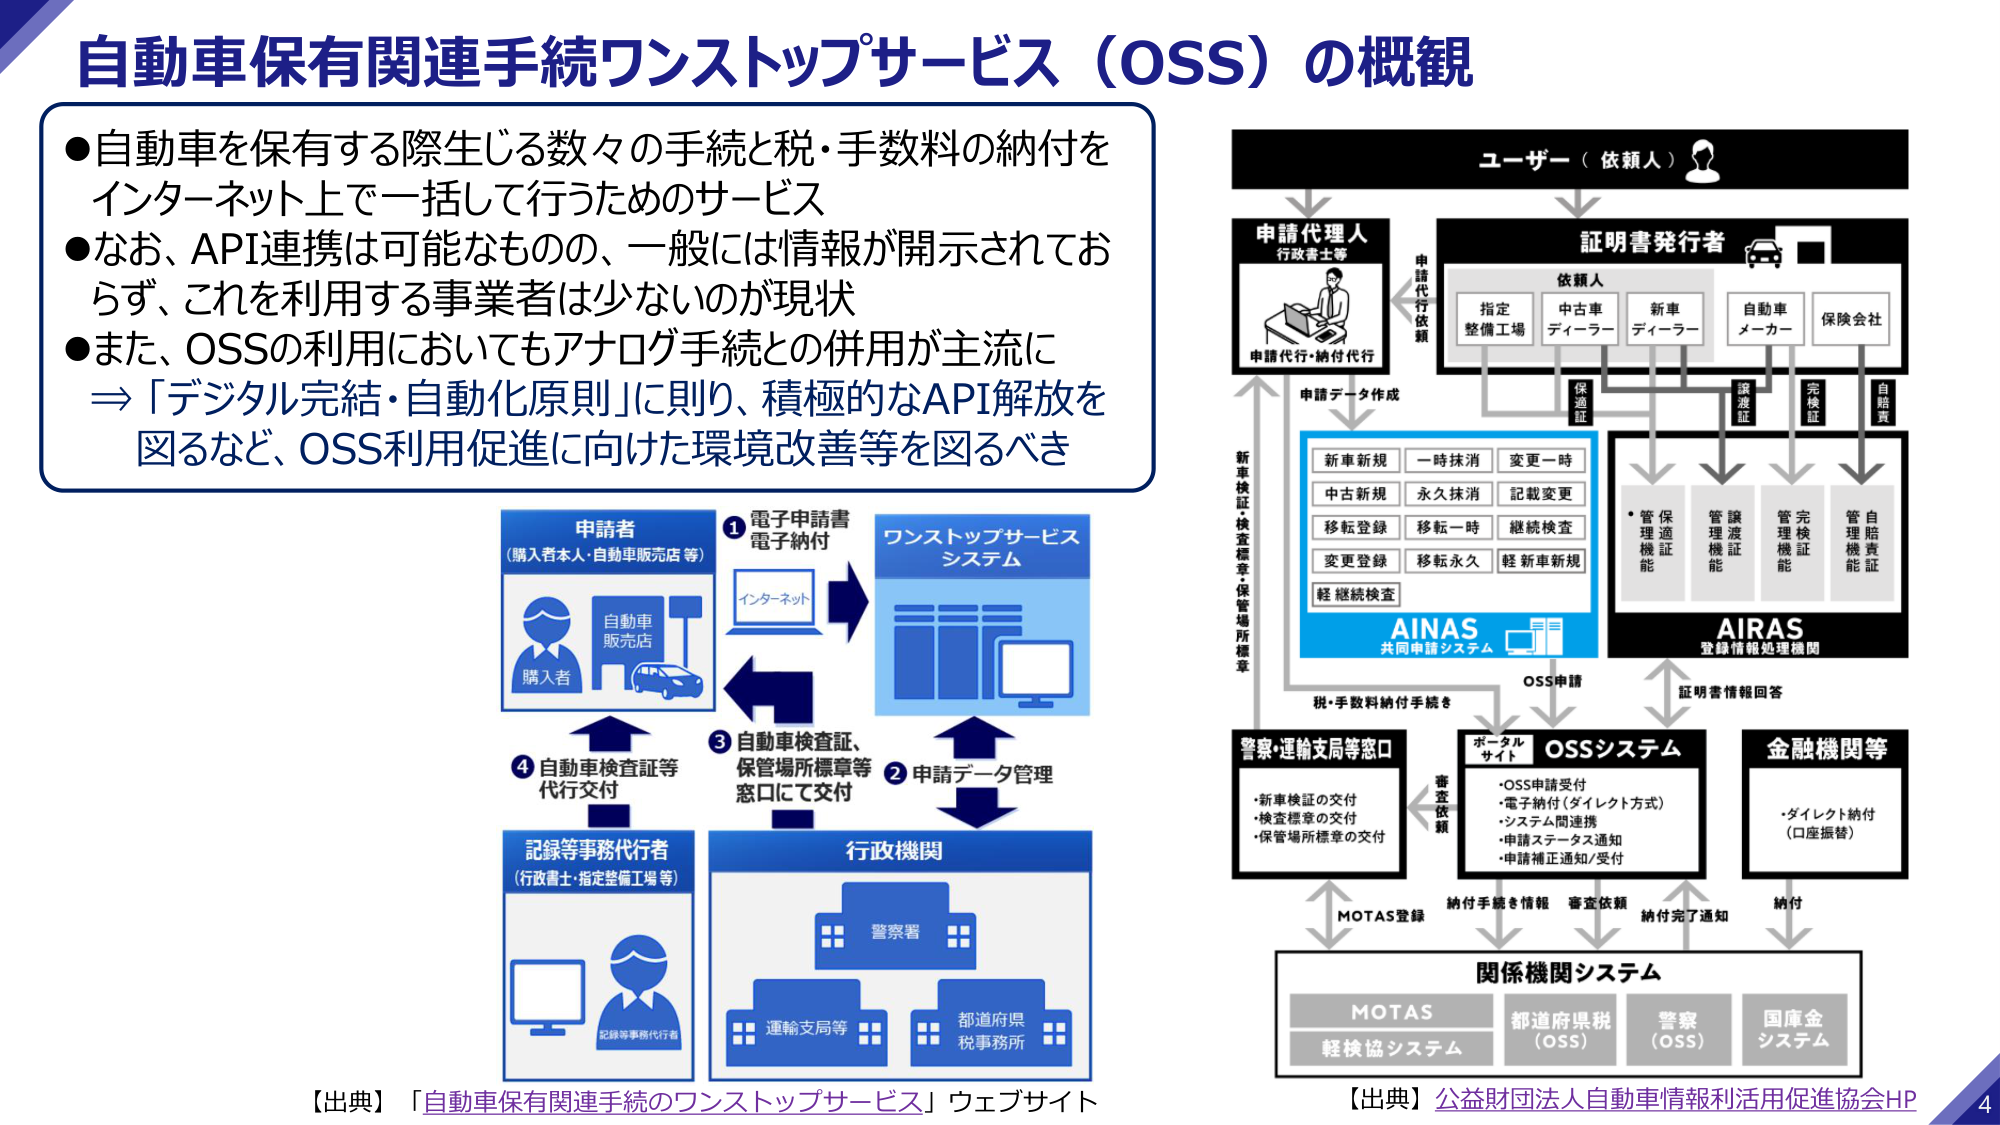
自動車保有関連手続ワンストップサービス（OSS）の概観

●自動車を保有する際生じる数々の手続と税・手数料の納付を
インターネット上で一括して行うためのサービス
●なお、API連携は可能なもの、一般には情報が開示されてお
らず、これを利用する事業者は少ないのが現状
●また、OSSの利用においてもアナログ手続との併用が主流に
⇒「デジタル完結・自動化原則」に則り、積極的なAPI解放を
図るなど、OSS利用促進に向けた環境改善等を図るべき

ユーザー（依頼人）

申請代理人
行政書士等
申請代行・納付代行

証明書発行者
依頼人
指定
整備工場
中古車
ディーラー
新車
ディーラー
自動車
メーカー
保険会社

保
険
証
譲
渡
証
完
検
証
自
賠
責

申請データ作成

新車新規
一時抹消
変更一時
中古新規
永久抹消
記載変更
移転登録
移転一時
継続検査
変更登録
移転永久
軽新車新規
軽継続検査

AINAS
共同申請システム

OSS申請

AIRAS
登録情報処理機関

管理
通証
機能
管理
渡証
機能
管理
検証
機能
管理
賠責
機能

税・手数料納付手続を

証明書情報回答

警察・運輸支局等窓口
・新車検証の交付
・検査標章の交付
・保管場所標章の交付

ポータル
サイト
OSSシステム
・OSS申請受付
・電子納付（ダイレクト方式）
・システム間連携
・申請ステータス通知
・申請補正通知/受付

金融機関等
・ダイレクト納付
（口座振替）

審査
依頼

納付手続を情報
審査依頼
納付完了通知
納付

関係機関システム
MOTAS
軽検協システム
都道府県税
（OSS）
警察
（OSS）
国庫金
システム

MOTAS登録

申請者
（購入者本人・自動車販売店等）
自動車
販売店
購入者

①電子申請書
電子納付
インターネット

ワンストップサービス
システム

②申請データ管理

③自動車検査証、
保管場所標章等
窓口にて交付

④自動車検査証等
代行交付

記録等事務代行者
（行政書士・指定整備工場等）
記録等事務代行者

行政機関
警察署
運輸支局等
都道府県
税事務所

【出典】「自動車保有関連手続のワンストップサービス」ウェブサイト

【出典】公益財団法人自動車情報利活用促進協会HP

4